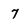
Character: 7